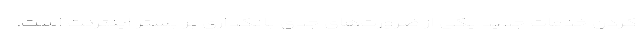
کردن خدمات جدید یکی از ضرورت‌های جدی بانکداری بر بستر اینترنت است.